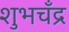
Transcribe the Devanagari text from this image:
शुभचँद्र